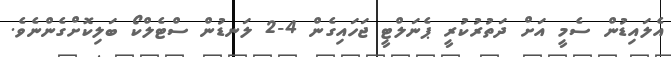
އެލައިޑުން ސެމީ އަށް ދަތުރުކުރީ ޕެނަލްޓީ ޖަހައިގެން 4-2 ލަނޑުން ސްޓެލްކޯ ބަލިކޮށްގެންނެވެ.